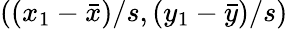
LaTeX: ((x_{1}-{\bar{x}})/s,(y_{1}-{\bar{y}})/s)